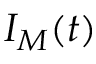
I _ { M } ( t )